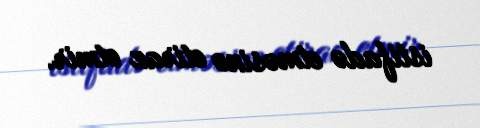
istifadə etməsinə etiraz etmir.